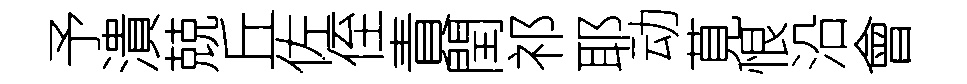
予潰兢丘佐侄責閏祁耶动莧恨沿會